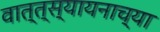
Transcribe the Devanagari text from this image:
वात्त्स्यायनाच्या